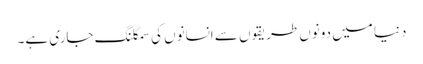
دنیا میں دونوں طریقوں سے انسانوں کی سمگلنگ جاری ہے۔